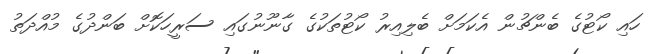
ހައި ކޯޓުގެ ބެންޗުން އެކަމަށް ބެލިއިރު ކޯޓުތަކުގެ ގާނޫނުގައި ސަރީހަކޮށް ބަންދުގެ މުއްދަތު